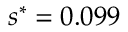
s ^ { * } = 0 . 0 9 9